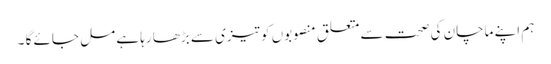
ہم اپنے ماچان کی صحت سے متعلق منصوبوں کو تیزی سے بڑھا رہا ہے مل جائے گا ۔